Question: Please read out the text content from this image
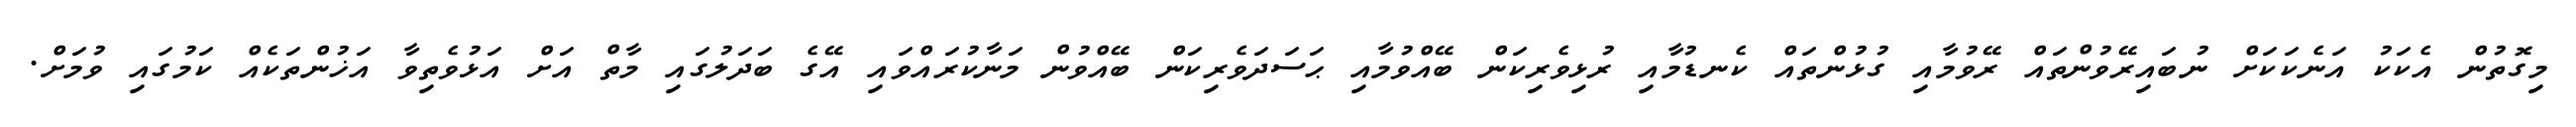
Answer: މިގޮތުން އެކަކު އަނެކަކަށް ނުބައިރޭވުންތައް ރޭވުމާއި ގުޅުންތައް ކެނޑުމާއި ރުޅިވެރިކަން ބޭއްވުމާއި ޙަސަދަވެރިކަން ބޭއްވުން މަނާކުރައްވައި އޭގެ ބަދަލުގައި މާތް އަށް އަޅުވެތިވާ އަޚުންތަކެއް ކަމުގައި ވުމަށް.